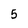
Character: 5